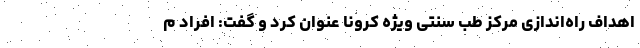
اهداف راه‌اندازی مرکز طب سنتی ویژه کرونا عنوان کرد و گفت: افراد م